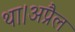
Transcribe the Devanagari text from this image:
था।अप्रैल